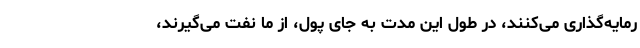
رمایه‌گذاری می‌کنند، در طول این مدت به جای پول، از ما نفت می‌گیرند،